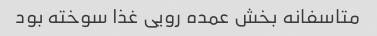
متاسفانه بخش عمده رویی غذا سوخته بود